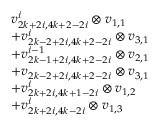
\begin{array} { r l } & { v _ { 2 k + 2 i , 4 k + 2 - 2 i } ^ { i } \otimes v _ { 1 , 1 } } \\ & { + v _ { 2 k - 2 + 2 i , 4 k + 2 - 2 i } ^ { i } \otimes v _ { 3 , 1 } } \\ & { + v _ { 2 k - 1 + 2 i , 4 k + 2 - 2 i } ^ { i - 1 } \otimes v _ { 2 , 1 } } \\ & { + v _ { 2 k - 2 + 2 i , 4 k + 2 - 2 i } \otimes v _ { 3 , 1 } } \\ & { + v _ { 2 k + 2 i , 4 k + 1 - 2 i } ^ { i } \otimes v _ { 1 , 2 } } \\ & { + v _ { 2 k + 2 i , 4 k - 2 i } ^ { i } \otimes v _ { 1 , 3 } } \end{array}